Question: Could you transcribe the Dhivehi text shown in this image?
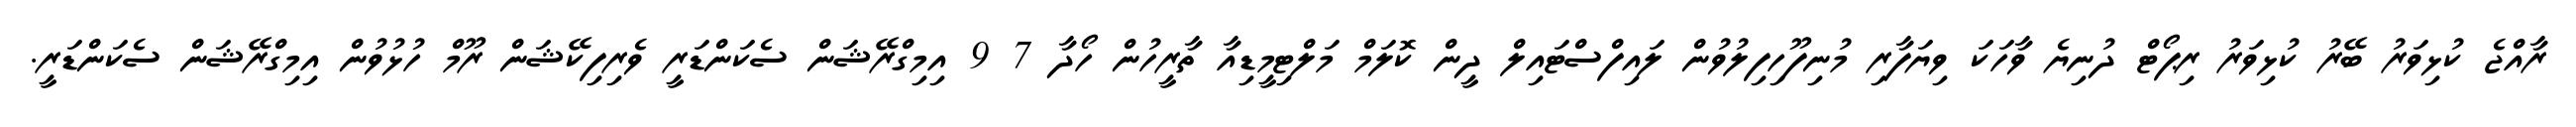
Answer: ރާއްޖެ ކުޅިވަރު ބޭރު ކުޅިވަރު ރިޕޯޓް ދުނިޔެ ވާހަކަ ވިޔަފާރި މުނިފޫހިފިލުވުން ލައިފްސްޓައިލް ދީން ކޮލަމް މަލްޓިމީޑިއާ ތާރީހުން ހޯދާ 7 9 އިމިގްރޭޝަން ސެކަންޑަރީ ވެރިފިކޭޝަން ރޫމް ހުޅުވުން އިމިގްރޭޝަން ސެކަންޑަރީ.